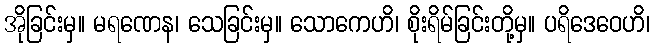
အိုခြင်းမှ။ မရဏေန၊ သေခြင်းမှ။ သောကေဟိ၊ စိုးရိမ်ခြင်းတို့မှ။ ပရိဒေဝေဟိ၊